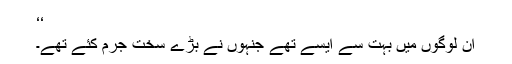
‘‘
ان لوگوں میں بہت سے ایسے تھے جنہوں نے بڑے سخت جرم کئے تھے۔